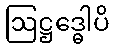
ဩဋ္ဌဒ္ဓေါပိ